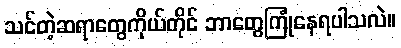
သင်တဲ့ဆရာတွေကိုယ်တိုင် ဘာတွေကြုံနေရပါသလဲ။